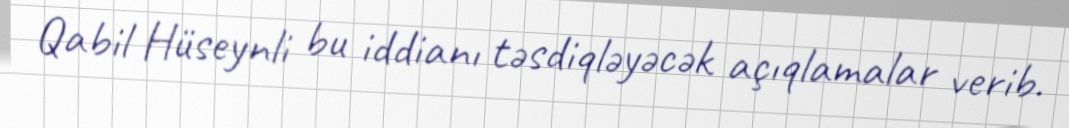
Qabil Hüseynli bu iddianı təsdiqləyəcək açıqlamalar verib.